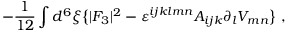
- { \frac { 1 } { 1 2 } } \int d ^ { 6 } \xi \big \{ | { \cal F } _ { 3 } | ^ { 2 } - \varepsilon ^ { i j k l m n } A _ { i j k } \partial _ { l } V _ { m n } \big \} \ ,